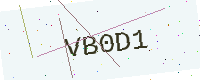
Text: VB0D1